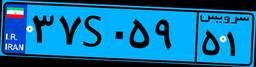
۳۷S۰۵۹۵۱